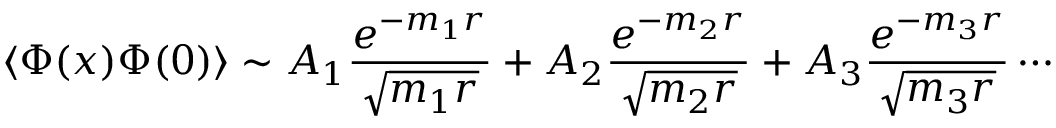
\langle \Phi ( x ) \Phi ( 0 ) \rangle \sim A _ { 1 } \frac { e ^ { - m _ { 1 } r } } { \sqrt { m _ { 1 } r } } + A _ { 2 } \frac { e ^ { - m _ { 2 } r } } { \sqrt { m _ { 2 } r } } + A _ { 3 } \frac { e ^ { - m _ { 3 } r } } { \sqrt { m _ { 3 } r } } \cdots